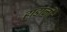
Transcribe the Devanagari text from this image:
हाडांनी